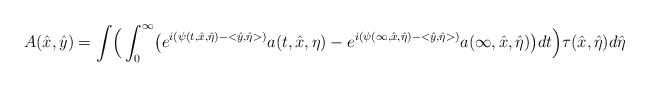
\begin{align*} A(\hat x, \hat y)=\int\Bigr(\int^{\infty}_0\bigr(e^{i(\psi(t,\hat x,\hat\eta)-<\hat y,\hat\eta>)}a(t,\hat x,\eta)-e^{i(\psi(\infty,\hat x,\hat\eta)-<\hat y,\hat\eta>)}a(\infty,\hat x,\hat\eta)\bigr)dt\Bigr)\tau(\hat x,\hat\eta)d\hat\eta\end{align*}